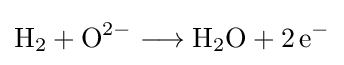
{\mathrm {H} {\vphantom {A}}_{\smash[{t}]{2}}{}+{}\mathrm {O} {\vphantom {A}}^{2-}{}\mathrel {\longrightarrow } {}\mathrm {H} {\vphantom {A}}_{\smash[{t}]{2}}\mathrm {O} {}+{}2\,\mathrm {e} {\vphantom {A}}^{-}}